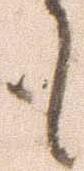
も